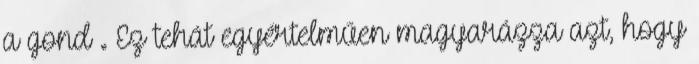
a gond . Ez tehát egyértelműen magyarázza azt, hogy